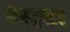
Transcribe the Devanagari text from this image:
कंसट्रक्टर